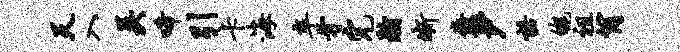
天入吴唏引卡海卒牙完瀚晰纛尹诺魄祖筒